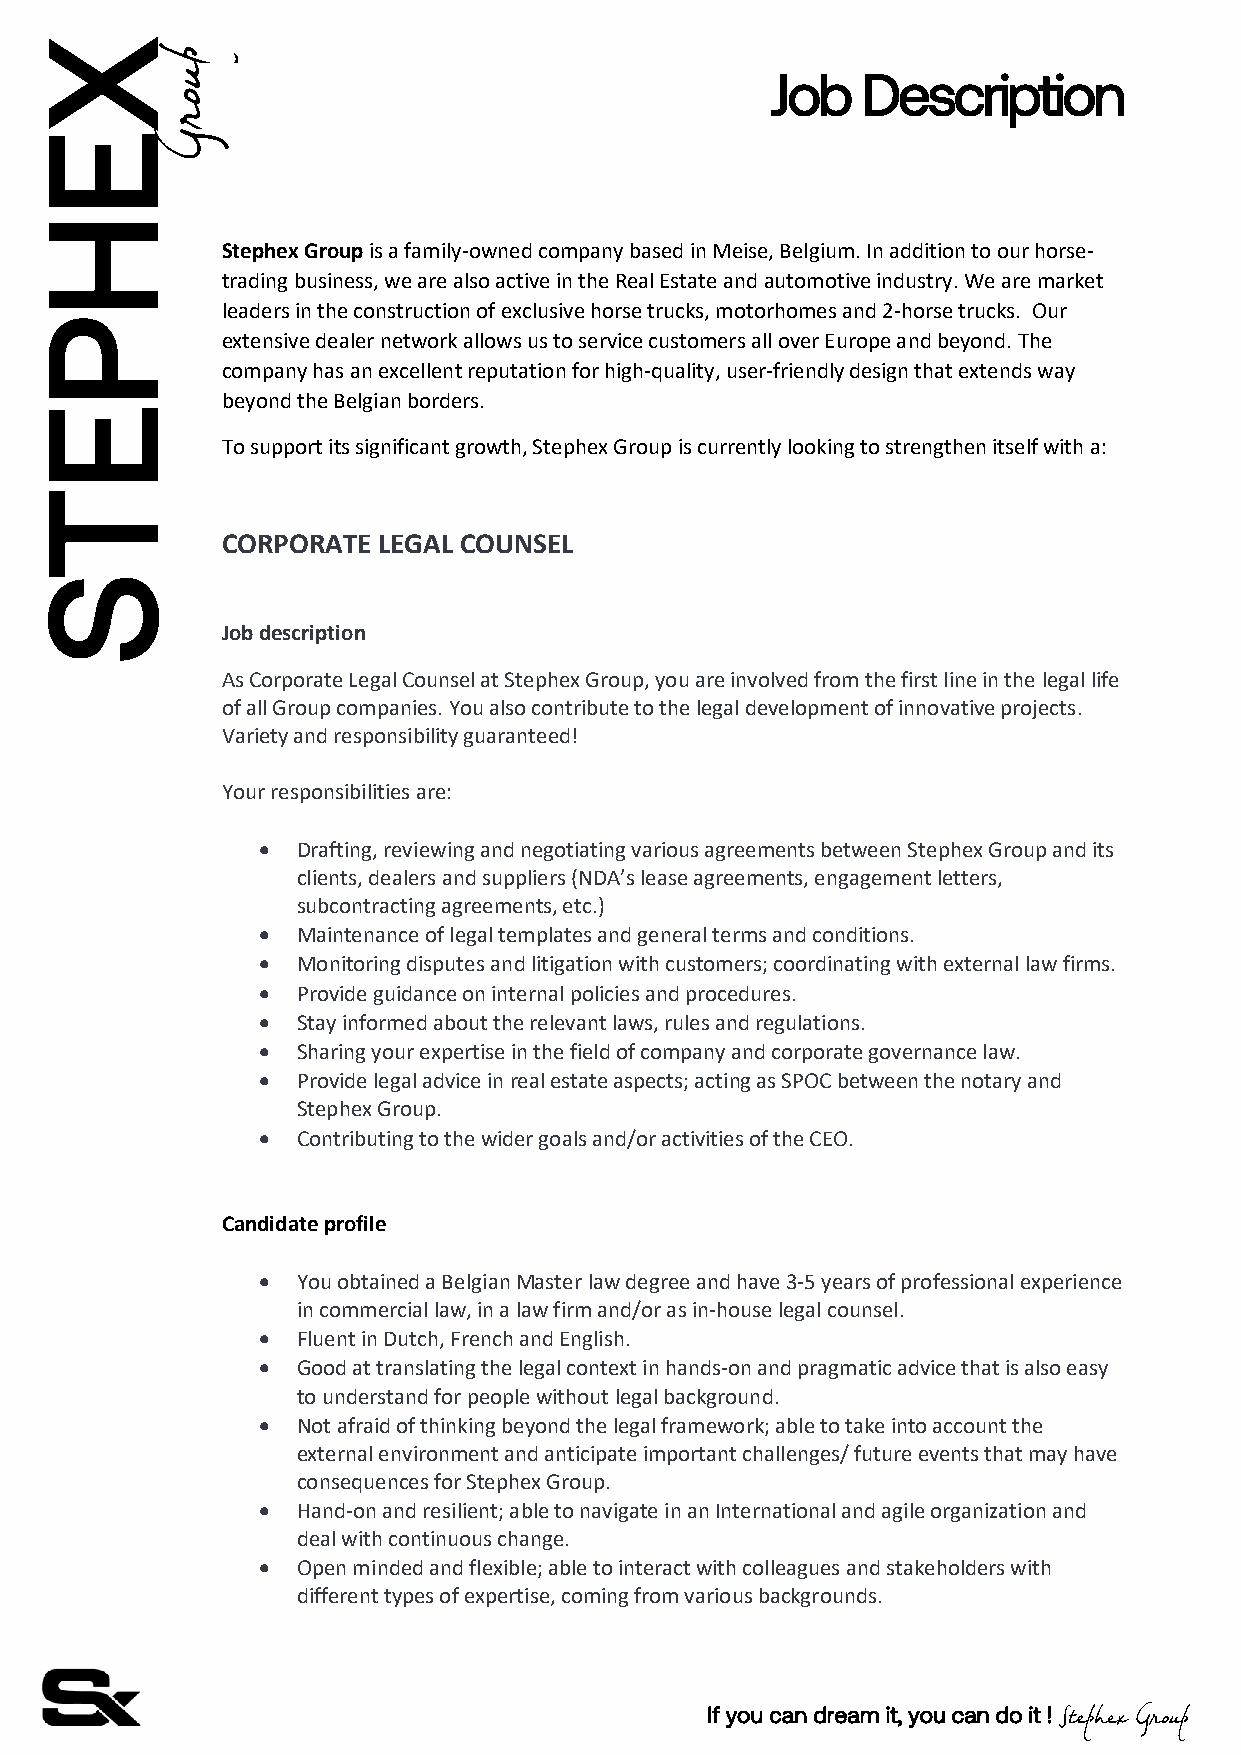
X
 Job   Description
 E
 H
 Stephex Group is a family-owned company based in Meise, Belgium. In addition to our horse-
 trading business, we are also active in the Real Estate and automotive industry. We are market
 leaders in the construction of exclusive horse trucks, motorhomes and 2-horse trucks. Our
 P
 extensive dealer network allows us to service customers all over Europe and beyond. The
 company has an excellent reputation for high-quality, user-friendly design that extends way
 beyond the Belgian borders.
 E
 To support its significant growth, Stephex Group is currently looking to strengthen itself with a:
 T
 CORPORATE LEGAL COUNSEL
 S
 Job description
 As Corporate Legal Counsel at Stephex Group, you are involved from the first line in the legal life
 of all Group companies. You also contribute to the legal development of innovative projects.
 Variety and responsibility guaranteed!
 Your responsibilities are:
 •  Drafting, reviewing and negotiating various agreements between Stephex Group and its
 clients, dealers and suppliers (NDA’s lease agreements, engagement letters,
 subcontracting agreements, etc.)
 •  Maintenance of legal templates and general terms and conditions.
 •  Monitoring disputes and litigation with customers; coordinating with external law firms.
 •  Provide guidance on internal policies and procedures.
 •  Stay informed about the relevant laws, rules and regulations.
 •  Sharing your expertise in the field of company and corporate governance law.
 •  Provide legal advice in real estate aspects; acting as SPOC between the notary and
 Stephex Group.
 •  Contributing to the wider goals and/or activities of the CEO.
 Candidate profile
 •  You obtained a Belgian Master law degree and have 3-5 years of professional experience
 in commercial law, in a law firm and/or as in-house legal counsel.
 •  Fluent in Dutch, French and English.
 •  Good at translating the legal context in hands-on and pragmatic advice that is also easy
 to understand for people without legal background.
 •  Not afraid of thinking beyond the legal framework; able to take into account the
 external environment and anticipate important challenges/ future events that may have
 consequences for Stephex Group.
 •  Hand-on and resilient; able to navigate in an International and agile organization and
 deal with continuous change.
 •  Open minded and flexible; able to interact with colleagues and stakeholders with
 different types of expertise, coming from various backgrounds.
 If you can dream it, you can do it !